Leaving Certificate Examination (including Day School Certificate (Higher) General paper), 1934
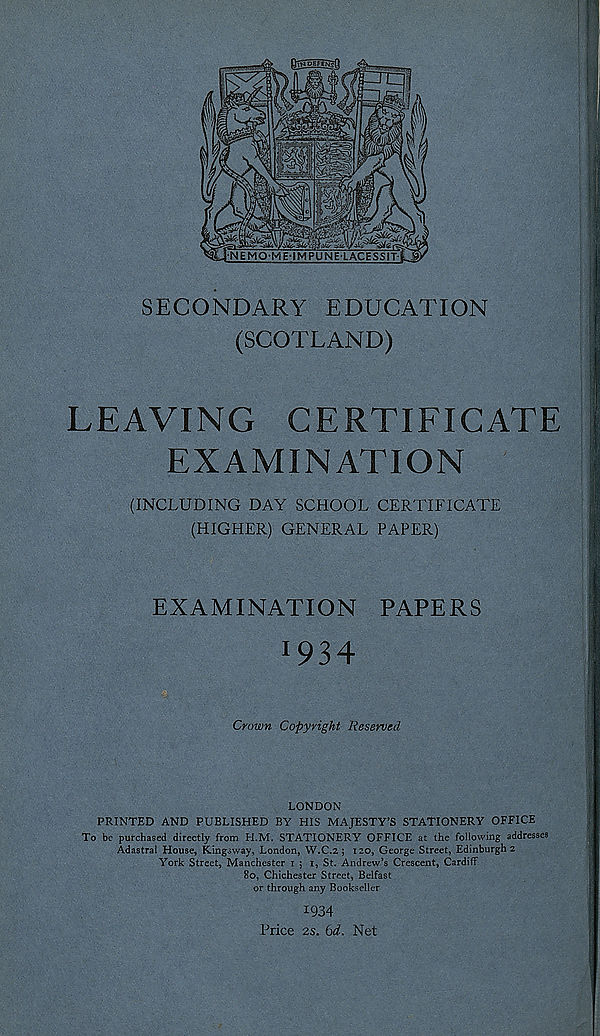
SECONDARY EDUCATION
(SCOTLAND)
LEAVING
CERTIFICATE
EXAMINATION
(INCLUDING DAY SCHOOL CERTIFICATE
(HIGHER) GENERAL PAPER)
EXAMINATION PAPERS
I 934
Crown Copyright Reserved
LONDON
PRINTED AND PUBLISHED BY HIS MAJESTY’S STATIONERY OFFICE
To be purchased directly from H.M. STATIONERY OFFICE at the following addresses
Adastral House, Kingsway, London, W.C.2 ; 120, George Street, Edinburgh 2
York Street, Manchester 1 ; 1, St. Andrew’s Crescent, Cardiff
80, Chichester Street, Belfast
or through any Bookseller
1934
Price 2s. 6d. Net